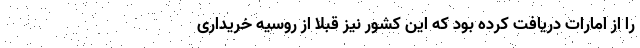
را از امارات دریافت کرده بود که این کشور نیز قبلا از روسیه خریداری